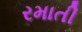
રમાતી